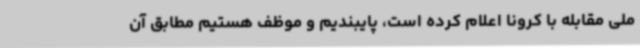
ملی مقابله با کرونا اعلام کرده است، پایبندیم و موظف هستیم مطابق آن